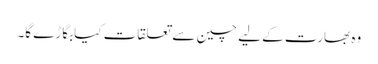
وہ بھارت کے لیے چین سے تعلقات کیابگاڑے گا۔